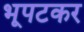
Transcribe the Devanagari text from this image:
भूपटकर